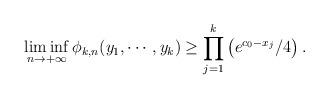
LaTeX: \begin{align*}&\liminf_{n\to+\infty}\phi_{k,n}(y_1,\cdots,y_k)\geq \prod_{j=1}^k\left(e^{c_0-x_j}/4\right).\end{align*}